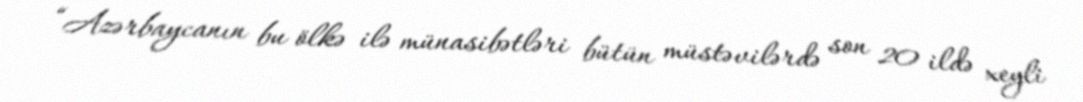
“Azərbaycanın bu ölkə ilə münasibətləri bütün müstəvilərdə son 20 ildə xeyli